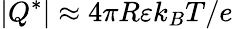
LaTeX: |Q^{*}|\approx 4\pi R\varepsilon k_{B}T/e